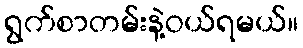
ရွက်စာတမ်းနဲ့ဝယ်ရမယ်။